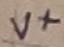
Text: V+